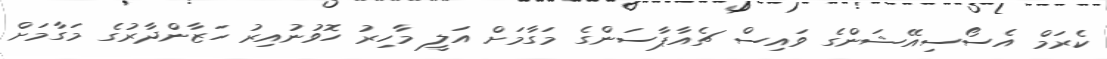
ކެރަމް އެސޯސިއޭޝަންގެ ވައިސް ޗެއާޕާސަންގެ މަގާމަށް އަލީ މާހިރު ހޮވުނުއިރު ހަޒާންދާރުގެ މަގާމަށް